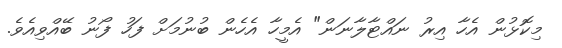
މިކޮޅުން އެހާ އިރު ނައްޓާލާނަން" އެމީހާ އެހެން ބުނުމަށް ފަހު ފޯނު ބޭއްވިއެވެ.